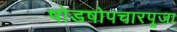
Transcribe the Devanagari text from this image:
षोडषोपचारपूजा